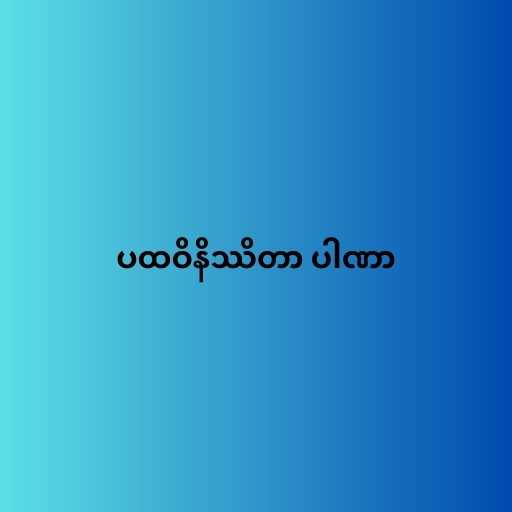
ပထဝိနိဿိတာ ပါဏာ